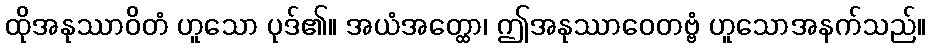
ထိုအနုဿာဝိတံ ဟူသော ပုဒ်၏။ အယံအတ္ထော၊ ဤအနုဿာဝေတဗ္ဗံ ဟူသောအနက်သည်။